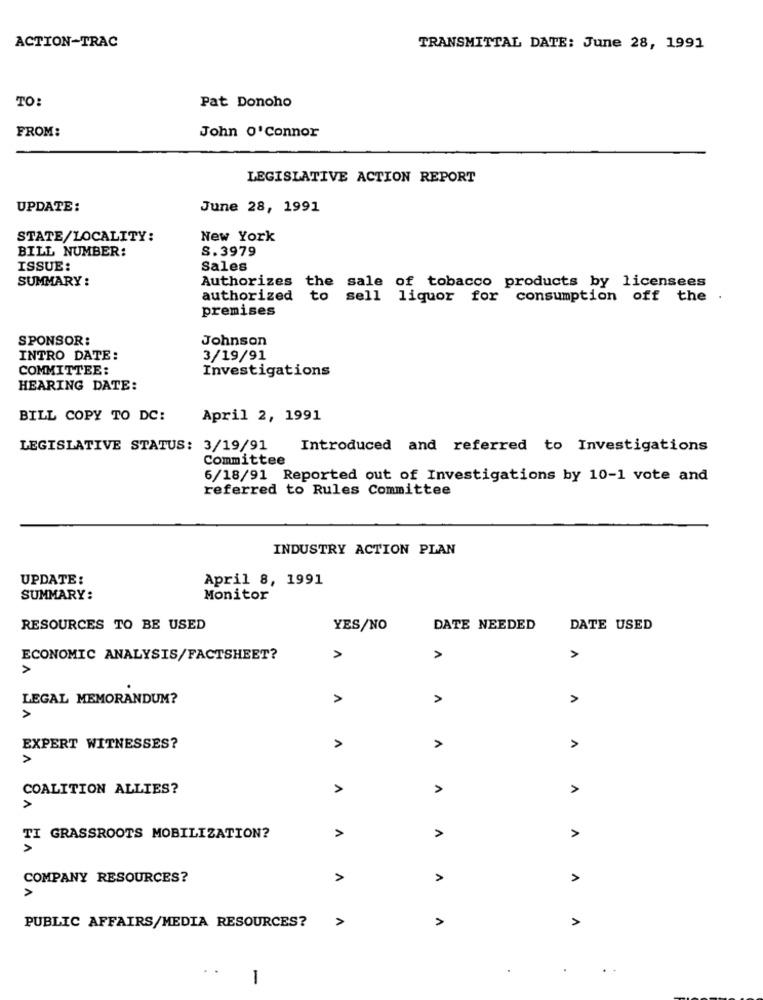
ACTION-TRAC
TRANSMITTAL DATE: June 28, 1991
TO:
Pat Donoho
FROM:
John O'Connor
LEGISLATIVE ACTION REPORT
UPDATE:
June 28, 1991
STATE/LOCALITY:
New York
BILL NUMBER:
S.3979
ISSUE:
Sales
SUMMARY :
Authorizes the sale of tobacco products by licensees
authorized
to
sell liquor for consumption off the .
premises
SPONSOR:
Johnson
INTRO DATE:
3/19/91
COMMITTEE:
Investigations
HEARING DATE:
BILL COPY TO DC:
April 2, 1991
LEGISLATIVE STATUS: 3/19/91
Introduced and referred to Investigations
Committee
6/18/91 Reported out of Investigations by 10-1 vote and
referred to Rules Committee
INDUSTRY ACTION PLAN
UPDATE:
April 8, 1991
SUMMARY:
Monitor
RESOURCES TO BE USED
YES/NO
DATE NEEDED
DATE USED
ECONOMIC ANALYSIS/FACTSHEET?
>
>
LEGAL MEMORANDUM?
A
A
A
>
EXPERT WITNESSES?
A
A
>
COALITION ALLIES?
>
A
>
>
A
TI GRASSROOTS MOBILIZATION?
>
COMPANY RESOURCES?
A
>
PUBLIC AFFAIRS/MEDIA RESOURCES?
>
-